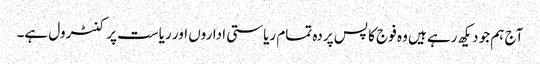
آج ہم جو دیکھ رہے ہیں وہ فوج کا پس پردہ تمام ریاستی اداروں اور ریاست پر کنٹرول ہے۔